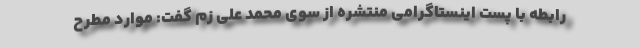
رابطه با پست اینستاگرامی منتشره از سوی محمد علی زم گفت: موارد مطرح